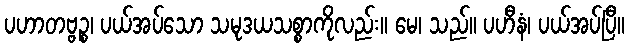
ပဟာတဗ္ဗဉ္စ၊ ပယ်အပ်သော သမုဒယသစ္စာကိုလည်း။ မေ၊ သည်။ ပဟီနံ၊ ပယ်အပ်ပြီ။